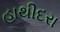
હાથીદરા